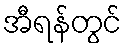
အီရန်တွင်